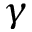
\gamma